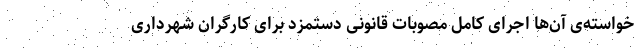
خواسته‌ی آن‌ها اجرای کامل مصوبات قانونی دستمزد برای کارگران شهرداری